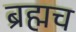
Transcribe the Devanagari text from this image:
ब्रह्मच